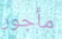
مأجور